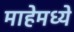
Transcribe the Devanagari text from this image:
माहेमध्ये